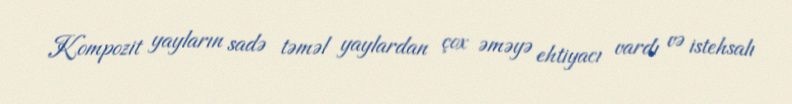
Kompozit yayların sadə təməl yaylardan çox əməyə ehtiyacı vardı və istehsalı